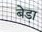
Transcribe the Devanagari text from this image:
बेडा़